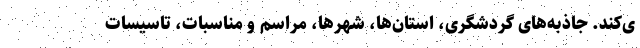
ی‌کند. جاذبه‌های گردشگری، استان‌ها، شهرها، مراسم و مناسبات، تاسیسات